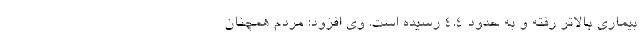
بیماری بالاتر رفته و به حدود ۴.۴ رسیده است. وی افزود: مردم همچنان